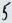
Text: 5